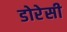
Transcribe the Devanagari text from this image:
डोरेसी